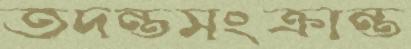
তদন্তসংক্রান্ত